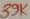
Text: 39K